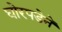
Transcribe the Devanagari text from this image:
घोरपडेने